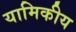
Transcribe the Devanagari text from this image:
यामिकीय